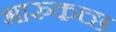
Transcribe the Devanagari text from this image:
भारुकच्छ